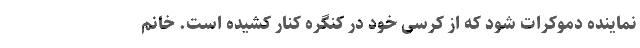
نماینده دموکرات شود که از کرسی خود در کنگره کنار کشیده است. خانم